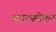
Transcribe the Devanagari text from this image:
आउटस्पोकन